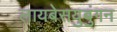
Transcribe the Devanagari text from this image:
लायबेसयुबुंगन